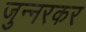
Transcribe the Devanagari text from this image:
जुन्‍नरकर